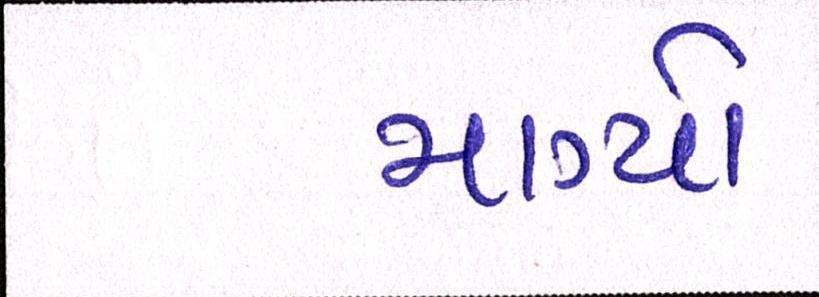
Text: માગ્યો